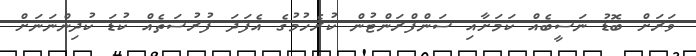
ވަރަށް ބޮޑު ނަސީބެއް ކަމަށާއި ސަންފްރަންޓުން ކުރެހުމުގެ އެފަދަ ފުރުސަތެއް ކުޑަ ކުދިންނަނަށް